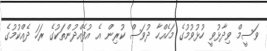
ވަސީމް ވިދާޅުވީ ހުޅުވުމުގެ މަހެއްހާ ދުވަސް ކުރިން އެ އުފެއްދުންތަކުގެ ރަހަ ދެއްކުމުގެ